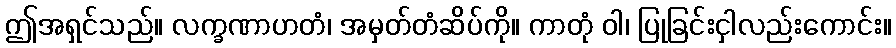
ဤအရှင်သည်။ လက္ခဏာဟတံ၊ အမှတ်တံဆိပ်ကို။ ကာတုံ ဝါ၊ ပြုခြင်းငှါလည်းကောင်း။